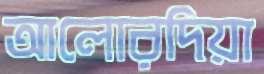
আলোরদিয়া